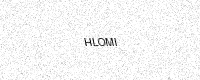
Text: HLOMI